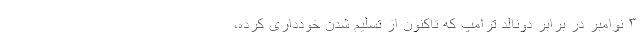
۳ نوامبر در برابر دونالد ترامپ که تاکنون از تسلیم شدن خودداری کرده،